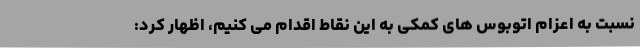
نسبت به اعزام اتوبوس های کمکی به این نقاط اقدام می کنیم، اظهار کرد: